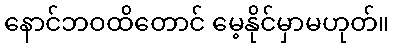
နောင်ဘဝထိတောင် မေ့နိုင်မှာမဟုတ်။